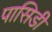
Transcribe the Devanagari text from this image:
पासिडी